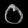
Digit: ၀